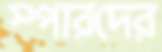
স্পারদের